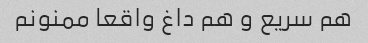
هم سریع و هم داغ واقعا ممنونم